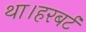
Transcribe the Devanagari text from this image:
था।हरबर्ट